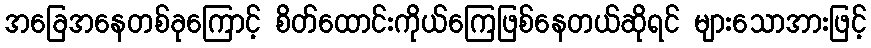
အခြေအနေတစ်ခုကြောင့် စိတ်ထောင်းကိုယ်ကြေဖြစ်နေတယ်ဆိုရင် များသောအားဖြင့်